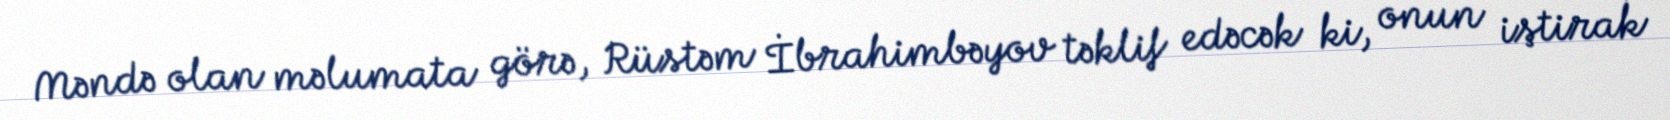
Məndə olan məlumata görə, Rüstəm İbrahimbəyov təklif edəcək ki, onun iştirak